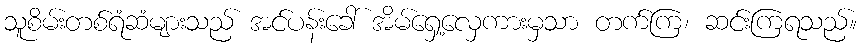
သူစိမ်းတစ်ရံဆံများသည် အင်ပန်းခေါ် အိမ်ရှေ့လှေကားမှသာ တက်ကြ၊ ဆင်းကြရသည်။